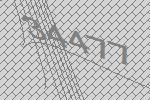
34477